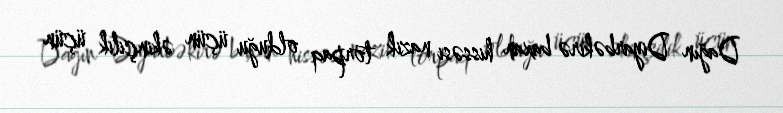
Dağın Diyarbəkirə baxan hissəsi nazik torpaq olduğu üçün əkinçilik üçün